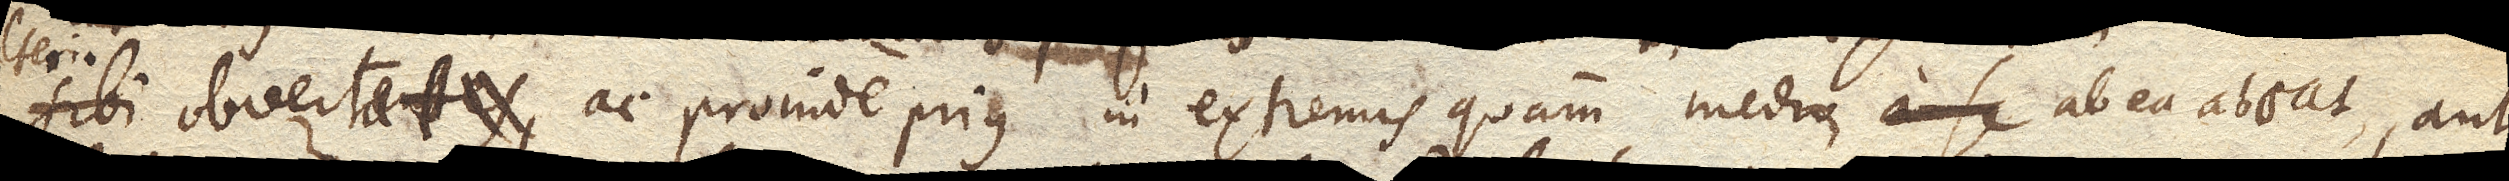
sibi obvertentes ac proinde prius in extremis quam medio, a se abire, aut